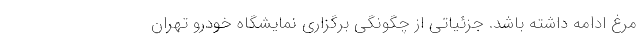
مرغ ادامه داشته باشد. جزئیاتی از چگونگی برگزاری نمایشگاه خودرو تهران